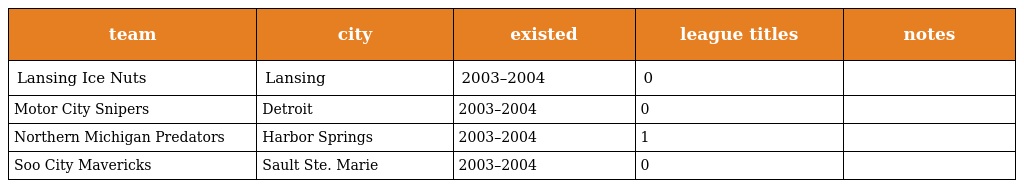
| team | city | existed | league titles | notes |
 | --- | --- | --- | --- | --- |
 | Lansing Ice Nuts | Lansing | 2003–2004 | 0 |  |
 | Motor City Snipers | Detroit | 2003–2004 | 0 |  |
 | Northern Michigan Predators | Harbor Springs | 2003–2004 | 1 |  |
 | Soo City Mavericks | Sault Ste. Marie | 2003–2004 | 0 |  |